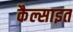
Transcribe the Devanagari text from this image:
कैल्साइत